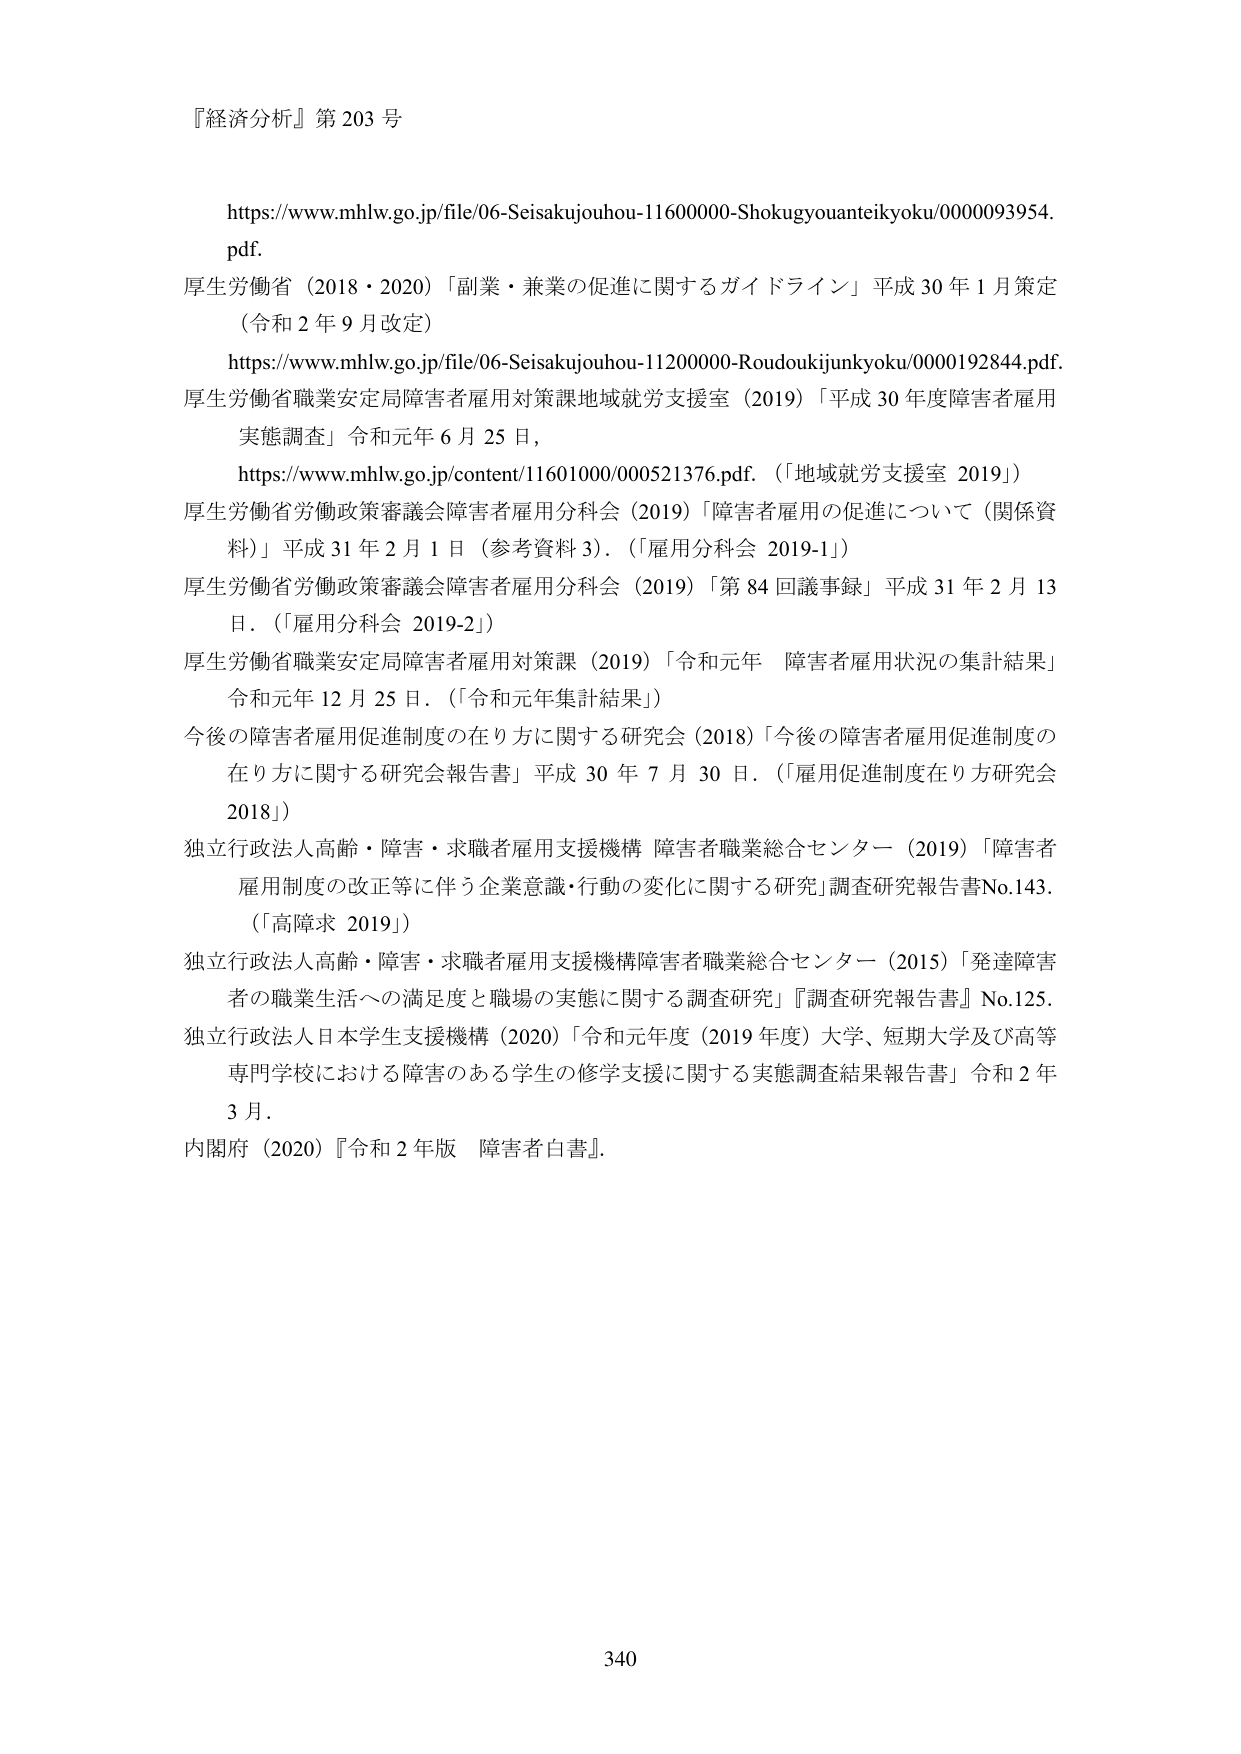
『経済分析』第203号

https://www.mhlw.go.jp/file/06-Seisakujouhou-11600000-Shokugyouanteikyoku/0000093954.pdf.
厚生労働省（2018・2020）「副業・兼業の促進に関するガイドライン」平成30年1月策定（令和2年9月改定）

https://www.mhlw.go.jp/file/06-Seisakujouhou-11200000-Roudoukijunkyoku/0000192844.pdf.
厚生労働省職業安定局障害者雇用対策課地域就労支援室（2019）「平成30年度障害者雇用実態調査」令和元年6月25日，
https://www.mhlw.go.jp/content/11601000/000521376.pdf.（「地域就労支援室 2019」）

厚生労働省労働政策審議会障害者雇用分科会（2019）「障害者雇用の促進について（関係資料）」平成31年2月1日（参考資料3）．（「雇用分科会 2019-1」）

厚生労働省労働政策審議会障害者雇用分科会（2019）「第84回議事録」平成31年2月13日．（「雇用分科会 2019-2」）

厚生労働省職業安定局障害者雇用対策課（2019）「令和元年 障害者雇用状況の集計結果」令和元年12月25日．（「令和元年集計結果」）

今後の障害者雇用促進制度の在り方に関する研究会（2018）「今後の障害者雇用促進制度の在り方に関する研究会報告書」平成30年7月30日．（「雇用促進制度在り方研究会 2018」）

独立行政法人高齢・障害・求職者雇用支援機構 障害者職業総合センター（2019）「障害者雇用制度の改正等に伴う企業意識・行動の変化に関する研究」調査研究報告書No.143．（「高障求 2019」）

独立行政法人高齢・障害・求職者雇用支援機構障害者職業総合センター（2015）「発達障害者の職業生活への満足度と職場の実態に関する調査研究」『調査研究報告書』No.125．

独立行政法人日本学生支援機構（2020）「令和元年度（2019年度）大学、短期大学及び高等専門学校における障害のある学生の修学支援に関する実態調査結果報告書」令和2年3月．

内閣府（2020）『令和2年版 障害者白書』．

340